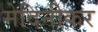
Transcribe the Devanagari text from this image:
मेदिनीकर